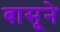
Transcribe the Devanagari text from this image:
बासूने